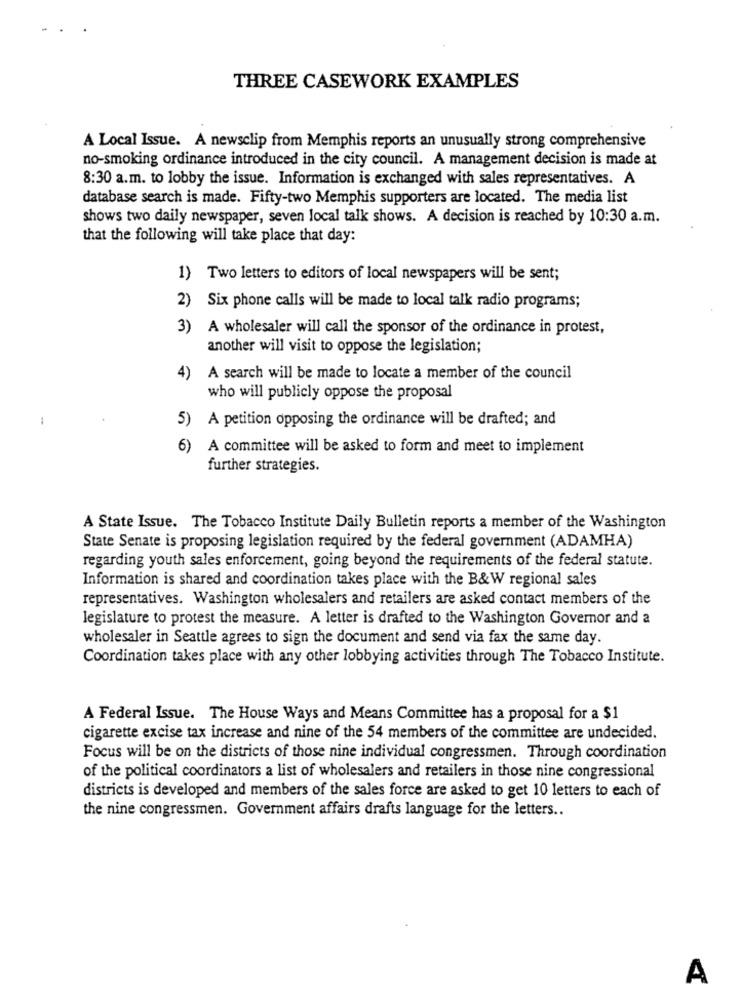
THREE CASEWORK EXAMPLES
A Local Issue. A newsclip from Memphis reports an unusually strong comprehensive
no-smoking ordinance introduced in the city council. A management decision is made at
8:30 a.m. to lobby the issue. Information is exchanged with sales representatives. A
database search is made. Fifty-two Memphis supporters are located. The media list
shows two daily newspaper, seven local talk shows. A decision is reached by 10:30 a.m.
that the following will take place that day:
1) Two letters to editors of local newspapers will be sent;
2) Six phone calls will be made to local talk radio programs;
3) A wholesaler will call the sponsor of the ordinance in protest,
another will visit to oppose the legislation;
4)
A search will be made to locate a member of the council
who will publicly oppose the proposal
5) A petition opposing the ordinance will be drafted; and
6) A committee will be asked to form and meet to implement
further strategies.
A State Issue. The Tobacco Institute Daily Bulletin reports a member of the Washington
State Senate is proposing legislation required by the federal government (ADAMHA)
regarding youth sales enforcement, going beyond the requirements of the federal statute.
Information is shared and coordination takes place with the B&W regional sales
representatives. Washington wholesalers and retailers are asked contact members of the
legislature to protest the measure. A letter is drafted to the Washington Governor and a
wholesaler in Seattle agrees to sign the document and send via fax the same day.
Coordination takes place with any other lobbying activities through The Tobacco Institute.
A Federal Issue. The House Ways and Means Committee has a proposal for a $1
cigarette excise tax increase and nine of the 54 members of the committee are undecided.
Focus will be on the districts of those nine individual congressmen. Through coordination
of the political coordinators a list of wholesalers and retailers in those nine congressional
districts is developed and members of the sales force are asked to get 10 letters to each of
the nine congressmen. Government affairs drafts language for the letters ..
A